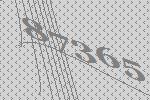
87365